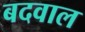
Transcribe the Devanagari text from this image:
बदवाल